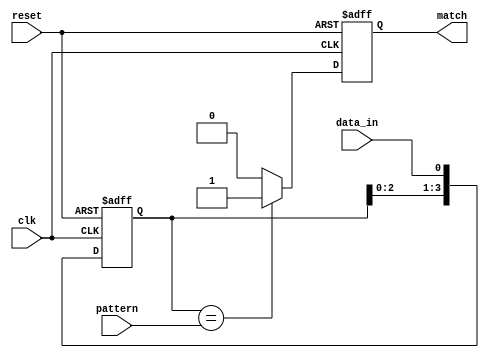
module pattern_detector #(
    parameter PATTERN_LENGTH = 4 // Length of the pattern to be detected
) (
    input wire clk,              // Clock signal
    input wire reset,            // Reset signal
    input wire data_in,          // Input data stream
    input wire [PATTERN_LENGTH-1:0] pattern, // Pattern to detect
    output reg match             // Match output signal
);

    // Flip-flops to form the shift register
    reg [PATTERN_LENGTH-1:0] shift_reg;

    // Process the input data and update flip-flops
    always @(posedge clk or posedge reset) begin
        if (reset) begin
            shift_reg <= 0;        // Initialize shift register on reset
            match <= 0;           // Clear match signal
        end else begin
            // Shift the data into the register
            shift_reg <= {shift_reg[PATTERN_LENGTH-2:0], data_in};
            
            // Compare the shift register with the pattern
            if (shift_reg == pattern) begin
                match <= 1;         // Assert match signal when pattern is detected
            end else begin
                match <= 0;         // Clear match signal when no match
            end
        end
    end

endmodule